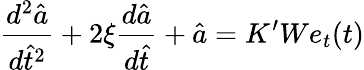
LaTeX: \frac{d^{2}\hat{a}}{d\hat{t}^{2}}+2\xi\frac{d\hat{a}}{d\hat{t}}+\hat{a}=K^{\prime}We_{t}(t)